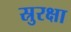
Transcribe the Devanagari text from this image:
स्रुरक्षा